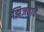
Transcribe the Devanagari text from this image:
झिजवावे